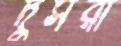
দুসরা